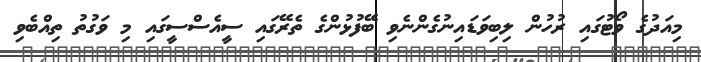
މިއަދުގެ ވޯޓުގައި ރުހުން ލިބިވަޑައިނުގެންނެވި ބޭފުޅުންގެ ތެރޭގައި ސީއެސްސީގައި މި ވަގުތު ތިއްބެވި